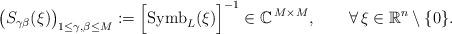
LaTeX: \begin{align*}\bigl(S_{\gamma\beta}(\xi)\bigr)_{1\leq\gamma,\beta\leq M}:=\Bigl[{\rm Symb}_L(\xi)\Bigr]^{-1}\in{\mathbb{C}}^{\,M\times M},\qquad\forall\,\xi\in{\mathbb{R}}^n\setminus\{0\}.\end{align*}